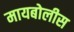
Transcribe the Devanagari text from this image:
मायबोलीस